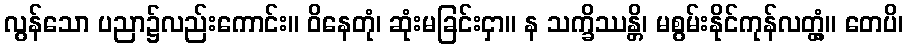
လွန်သော ပညာ၌လည်းကောင်း။ ဝိနေတုံ၊ ဆုံးမခြင်းငှာ။ န သက္ခိဿန္တိ၊ မစွမ်းနိုင်ကုန်လတ္တံ့။ တေပိ၊